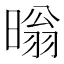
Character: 暡